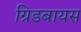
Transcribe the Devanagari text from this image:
ग्रिडबायस